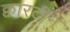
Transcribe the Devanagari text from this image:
क्वांरटीन